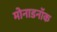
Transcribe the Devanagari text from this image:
मोनाडनॉक